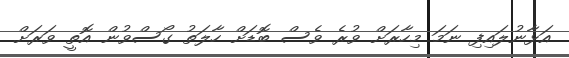
އަޅާނުލައިފި ނަމަ މިހާރަށް ވުރެ ވެސް ބޮޑަށް ހާލަތު ގޯސްވުން އޮތީ ވަރަށް